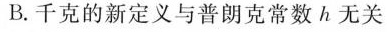
B.千克的新定义与普朗克常数 无关